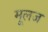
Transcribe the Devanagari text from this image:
मूलज